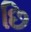
છિ